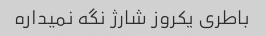
باطری یکروز شارژ نگه نمیداره